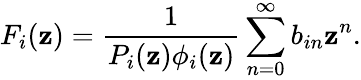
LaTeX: F_{i}(\mathbf{z})={\frac{{1}}{{P_{i}(\mathbf{z})\phi_{i}(\mathbf{z})}}}\sum_{n=0}^{\infty}b_{in}\mathbf{z}^{n}.